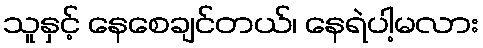
သူနှင့် နေစေချင်တယ်၊ နေရဲပါ့မလား